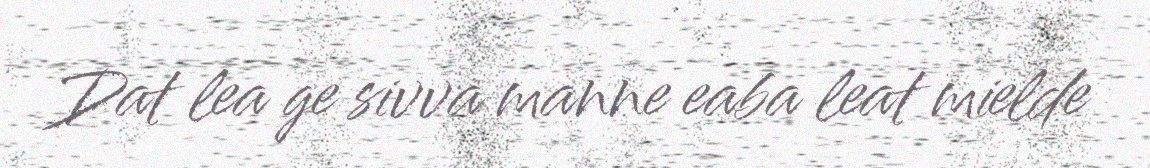
Dat lea ge sivva manne eaba leat mielde